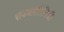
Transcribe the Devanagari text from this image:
राज्यप्रतिनिधी